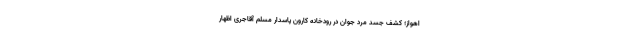
اهواز؛ کشف جسد مرد جوان در رودخانه کارون پاسدار مسلم آقاجری اظهار